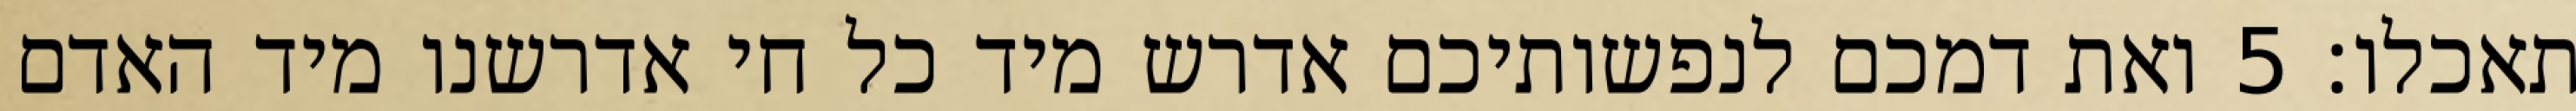
תאכלו׃ ‎5‏ ואת דמכם לנפשותיכם אדרש מיד כל חי אדרשנו מיד האדם